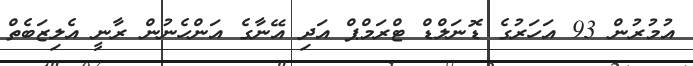
އުމުރުން 93 އަހަރުގެ ޑޮނަލްޑް ޓްރަމްޕް އަދި އޭނާގެ އަންހެނުން ރާނީ އެލިޒަބެތް